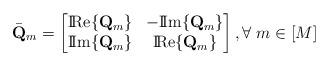
LaTeX: \begin{align*}\bar{{\bf Q}}_m = \begin{bmatrix} {\rm I\!Re}\{{\bf Q}_m\} & -{\rm I\!Im}\{{\bf Q}_m\} \\{\rm I\!Im}\{{\bf Q}_m\} & {\rm I\!Re}\{{\bf Q}_m\} \end{bmatrix} , \forall \; m \in [M]\end{align*}